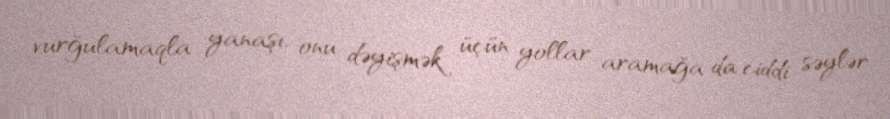
vurğulamaqla yanaşı, onu dəyişmək üçün yollar aramağa da ciddi səylər